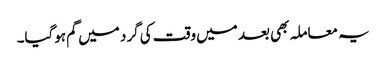
یہ معاملہ بھی بعد میں وقت کی گرد میں گم ہوگیا۔